Report on the working of the Ranchi Indian Mental Hospital, Kanke, in Bihar and Orissa - 1930-1940
Year: 1930
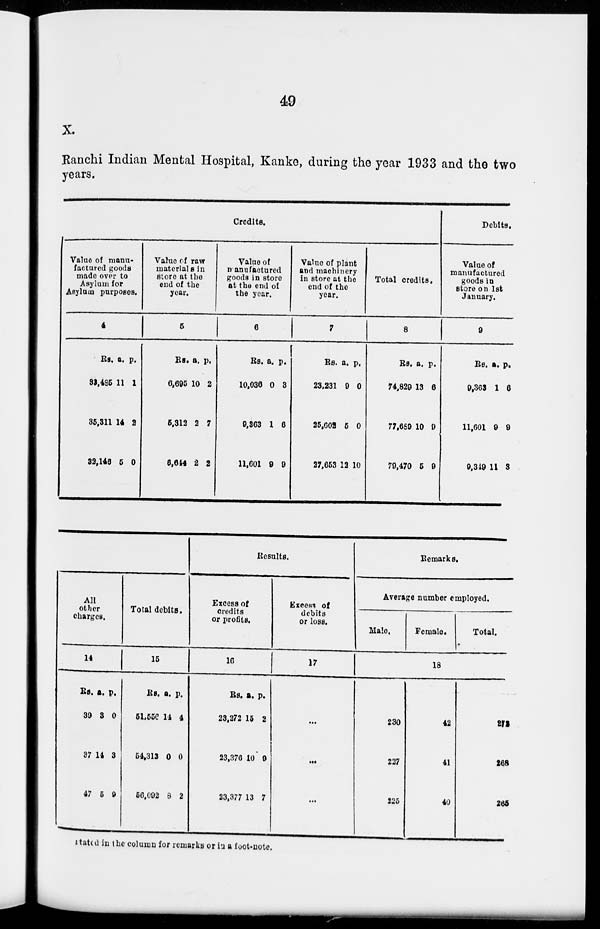
49
X.
Ranchi Indian Mental Hospital, Kanke, during the year 1933 and the two
years.
Credits.
Value of manu-
factured goods
made over to
Asylum for
Asylum purposes.
4
Rs.
32,485
35,311
32,146
a.
11
14
5
p.
1
2
0
Value of raw
materials in
store at the
end of the
year.
5
Rs.
6,695
5,312
6,644
a.
10
2
2
p.
2
7
2
Value of
manufactured
goods in store
at the end of
the year.
6
Rs.
10,036
9,363
11,601
a.
0
1
9
p.
3
6
9
Value of plant
and machinery
in store at the
end of the
year.
7
Rs.
23,231
25,602
27,653
a.
9
5
12
p.
0
0
10
Total credits.
8
Rs.
74,829
77,689
79,470
a.
13
10
5
p.
6
9
9
Debits.
Value of
manufactured
goods in
store on 1st
January.
9
Rs.
9,363
11,601
9,349
a.
1
9
11
p.
6
9
3
All
other
charges.
14
Rs.
39
37
47
a.
3
14
5
p.
0
3
9
Total debits.
15
Rs.
51,556
54,313
56,092
a.
14
0
8
p.
4
0
2
Results.
Excess of
credits
or profits.
16
Rs.
23,272
23,376
23,377
a.
15
10
13
p.
2
9
7
Excess of
debits
or loss.
17
...
...
...
Remarks.
Average number employed.
Male.
Female.
Total.
18
230
227
225
42
41
40
272
268
265
stated in the column for remarks or in a foot-note.